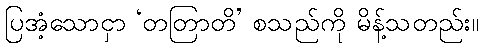
ပြအံ့သောငှာ ‘တတြာတိ’ စသည်ကို မိန့်သတည်း။